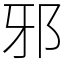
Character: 邪